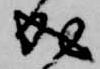
成